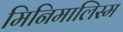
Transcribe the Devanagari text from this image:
मिनिमालिस्म